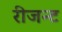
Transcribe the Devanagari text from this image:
रीजन्ट